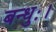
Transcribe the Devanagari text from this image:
बन्धुः।